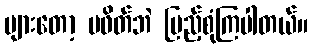
များတော့ မဖိတ်ဘဲ ပြည့်စုံကြပါတယ်။